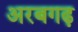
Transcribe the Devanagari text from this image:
अरबगढ़